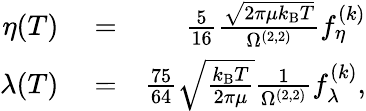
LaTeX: \begin{array}{rlr}{\eta(T)}&{{}=}&{\frac{5}{16}\frac{\sqrt{2\pi\mu k_{\mathrm{B}}T}}{\Omega^{(2,2)}}f_{\eta}^{(k)}}\\ {\lambda(T)}&{{}=}&{\frac{75}{64}\sqrt{\frac{k_{\mathrm{B}}T}{2\pi\mu}}\frac{1}{\Omega^{(2,2)}}f_{\lambda}^{(k)},}\end{array}